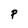
Character: P